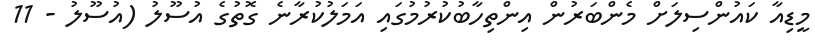
މީޑިއާ ކައުންސިލަށް މެންބަރުން އިންތިހާބުކުރުމުގައި އަމަލުކުރާނެ ގޮތުގެ އުސޫލު (އުސޫލު - 11